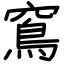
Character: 窵